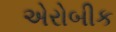
એરોબીક